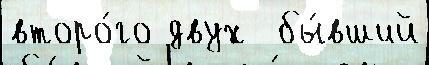
второ́го двух  бы́вший